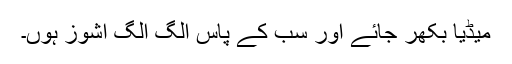
میڈیا بکھر جائے اور سب کے پاس الگ الگ اشوز ہوں۔